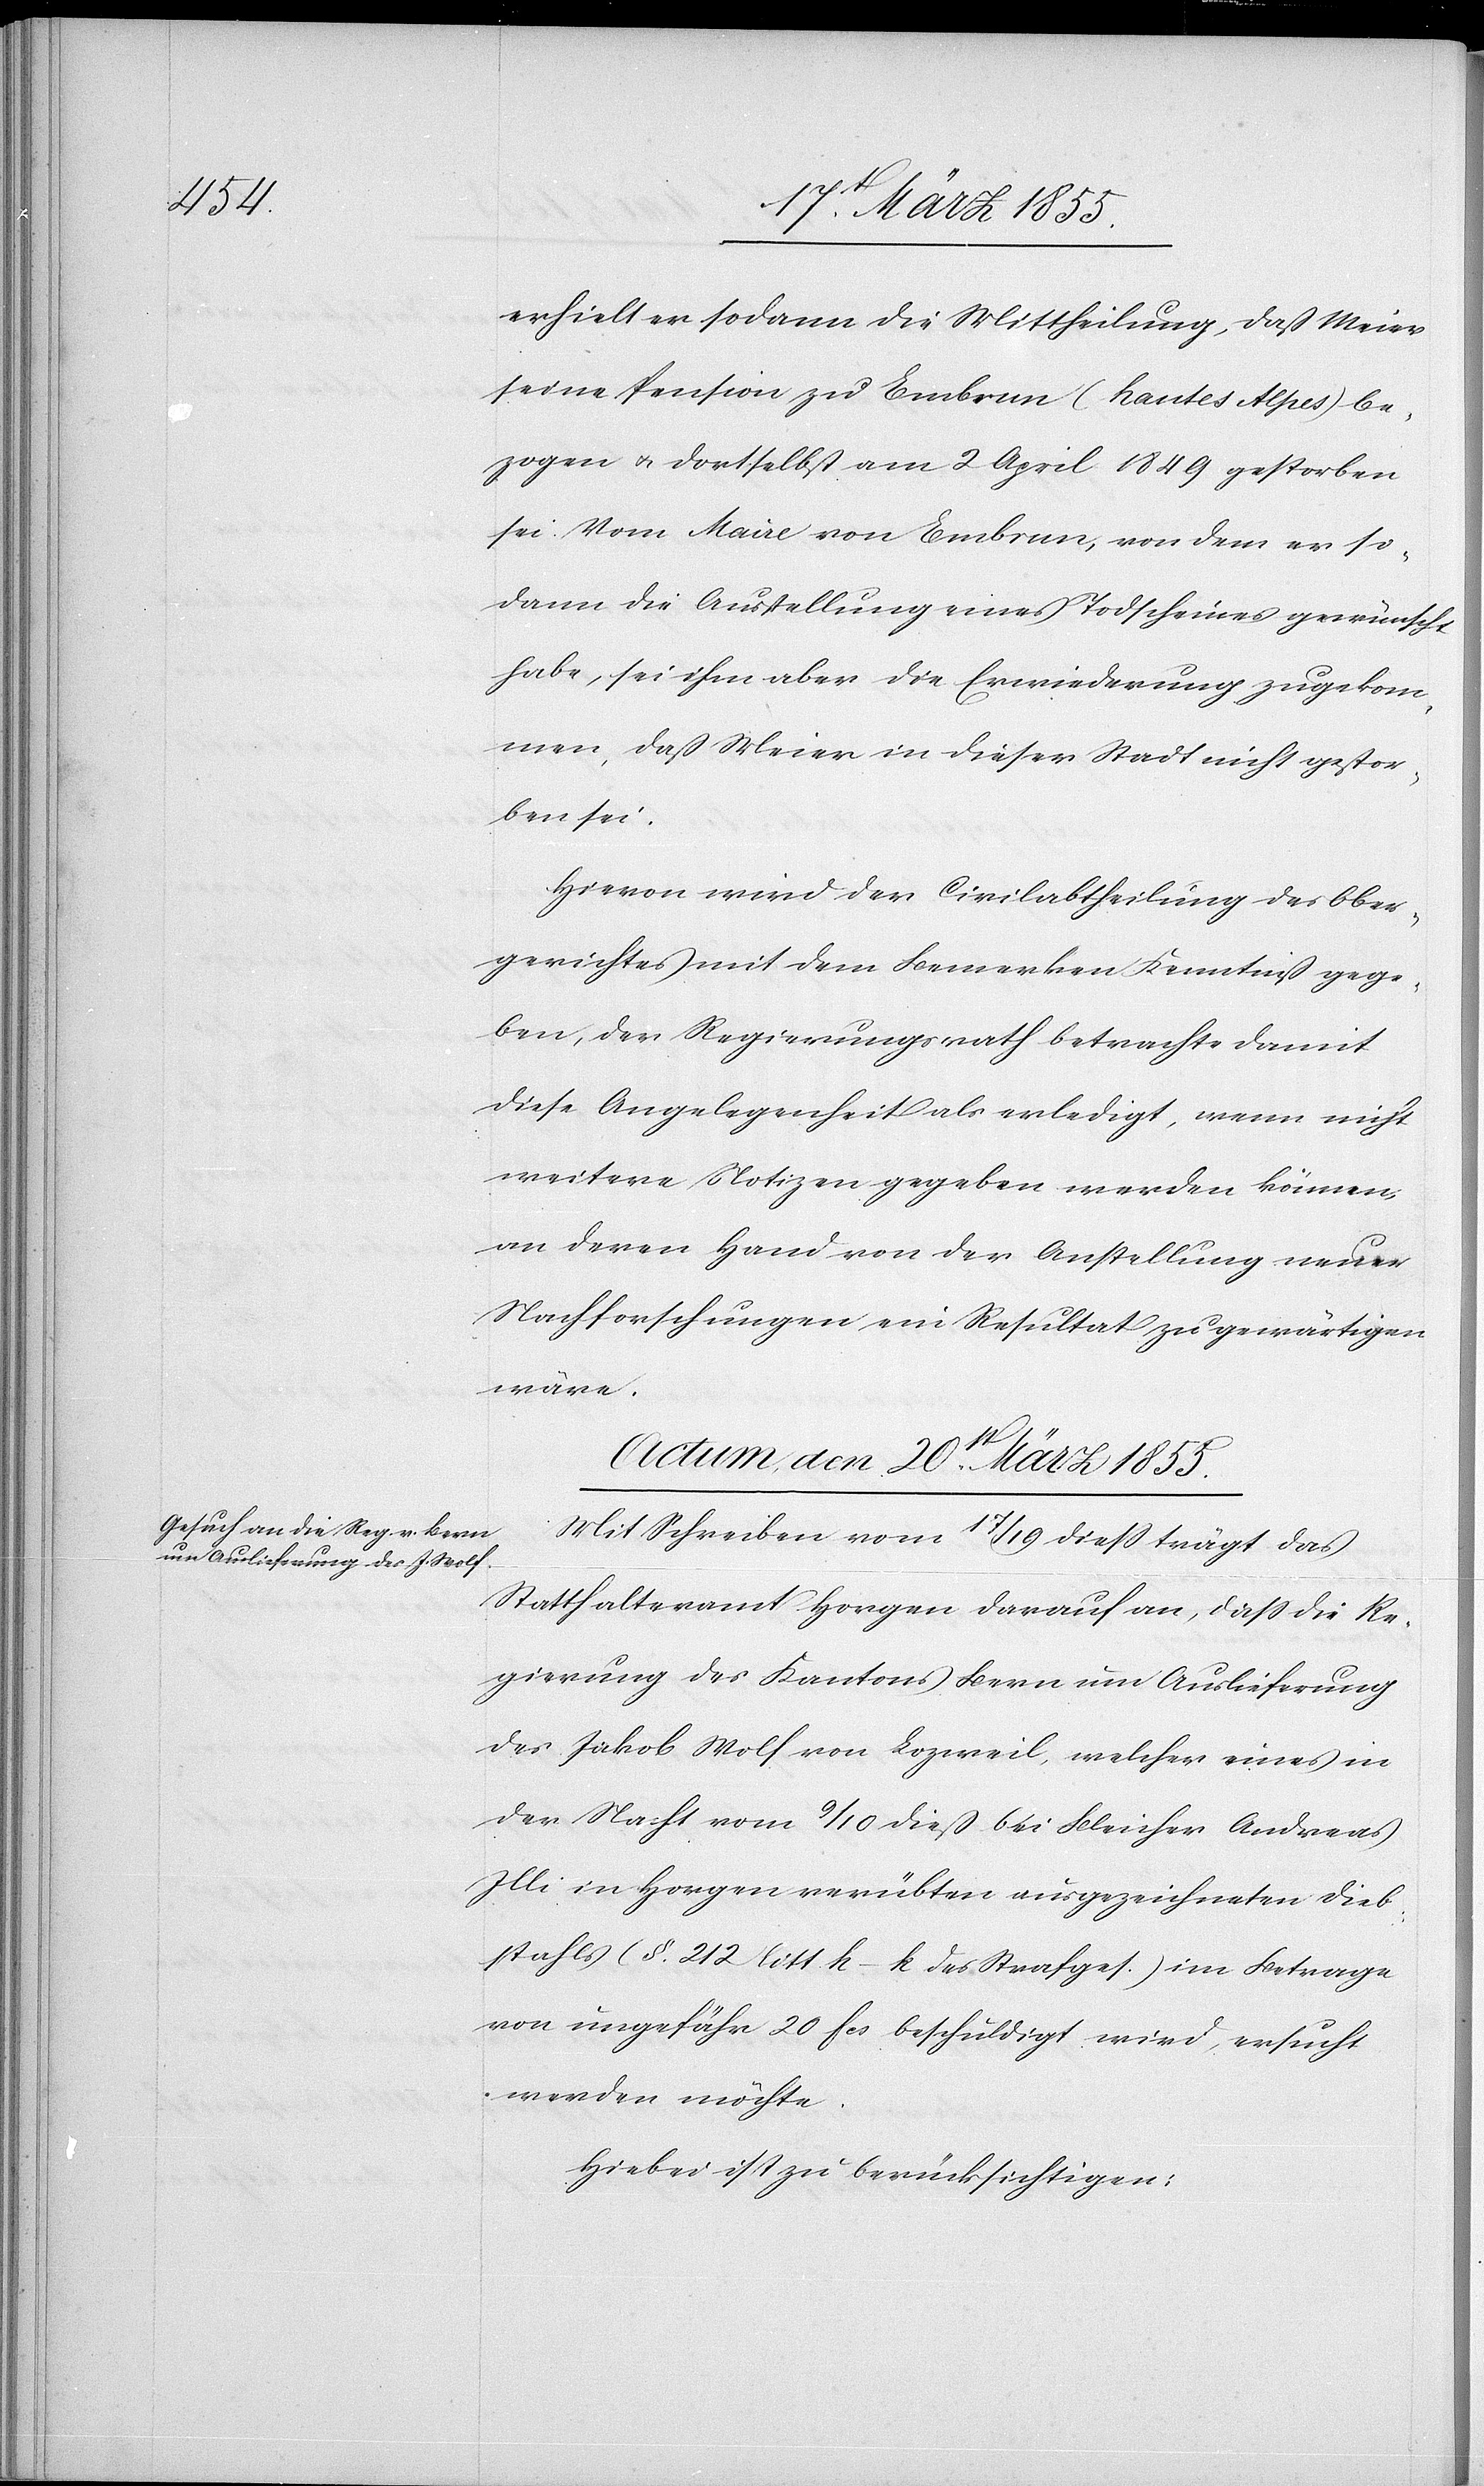
erhielt er sodann die Mittheilung, daß Meier
seine Pension zu Embrun (Hautes Alpes) be¬
zogen & dortselbst am 2 April 1849 gestorben
sei. Vom Maire von Embrun, von dem er so¬
dann die Ausstellung eines Todscheines gewünscht
habe, sei ihm aber die Erwiederung zugekom¬
men, daß Meier in dieser Stadt nicht gestor¬
ben sei.
Hievon wird der Civilabtheilung des Ober¬
gerichtes mit dem Bemerken Kenntniß gege¬
ben, der Regierungsrath betrachte damit
diese Angelegenheit als erledigt, wenn nicht
weitere Notizen gegeben werden können,
an deren Hand von der Anstellung neuer
Nachforschungen ein Resultat zu gewärtigen
wäre.
Actum, den 20st. März 1855.
Mit Schreiben vom 17 / 19 diess trägt das
Statthalteramt Horgen darauf an, dass die Re¬
gierung des Kantons Bern um Auslieferung
des Jakob Wolf von Lozweil, welcher eines in
der Nacht vom 9 / 10 dieß bei Bleicher Andreas
Illi in Horgen verübten ausgezeichneten Dieb¬
stahls (§. 212 litt. h–k des Strafges.) im Betrage
von ungefähr 20 fcs beschuldigt wird, ersucht
werden möchte.
Hiebei ist zu berücksichtigen: